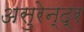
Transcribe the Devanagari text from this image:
असुरेन्द्र